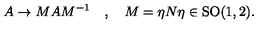
A \rightarrow M A M ^ { - 1 } \quad , \quad M = \eta N \eta \in \mathrm { S O ( 1 , 2 ) . }